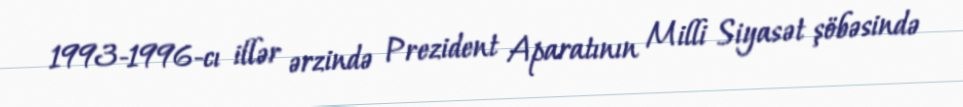
1993-1996-cı illər ərzində Prezident Aparatının Milli Siyasət şöbəsində